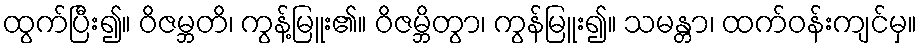
ထွက်ပြီး၍။ ဝိဇမ္ဘတိ၊ ကွန့်မြူး၏။ ဝိဇမ္ဘိတွာ၊ ကွန်မြူး၍။ သမန္တာ၊ ထက်ဝန်းကျင်မှ။